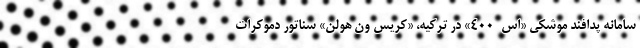
سامانه پدافند موشکی «اس-۴۰۰» در ترکیه، «کریس ون هولن» سناتور دموکرات